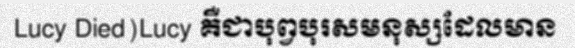
Lucy Died)Lucy គឺជាបុព្វបុរសមនុស្សដែលមាន